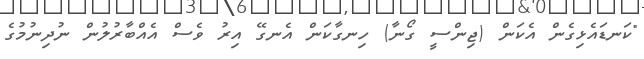
"ކަނޑައެޅިގެން އެކަން (ޖިންސީ ގޯނާ) ހިނގާކަން އެނގޭ އިރު ވެސް އެއްބާރުލުން ނުދިނުމުގެ